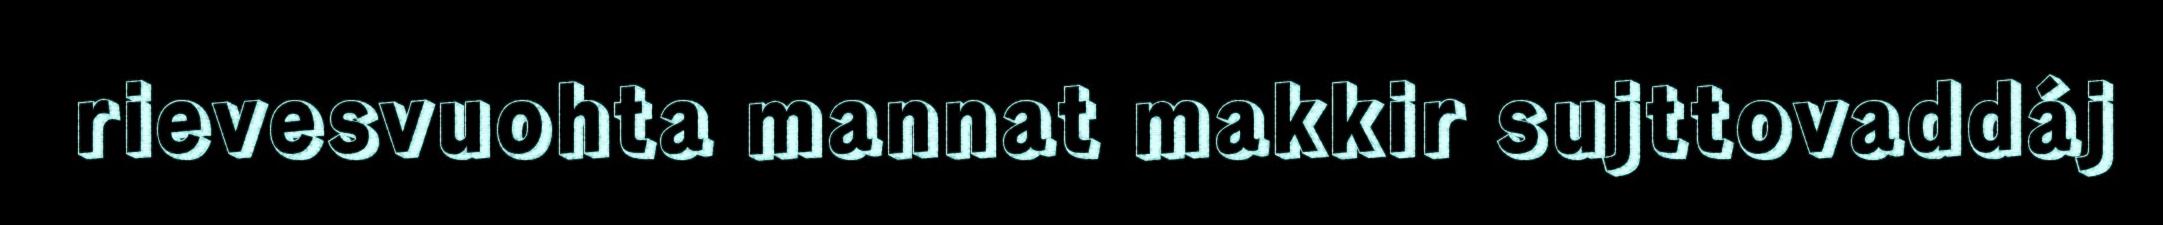
rievesvuohta mannat makkir sujttovaddáj